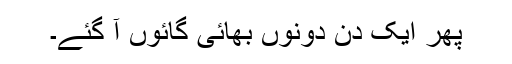
پھر ایک دن دونوں بھائی گائوں آ گئے۔